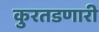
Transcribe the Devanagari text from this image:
कुरतडणारी